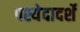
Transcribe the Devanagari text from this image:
पश्येदादर्शे